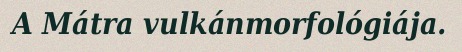
A Mátra vulkánmorfológiája.